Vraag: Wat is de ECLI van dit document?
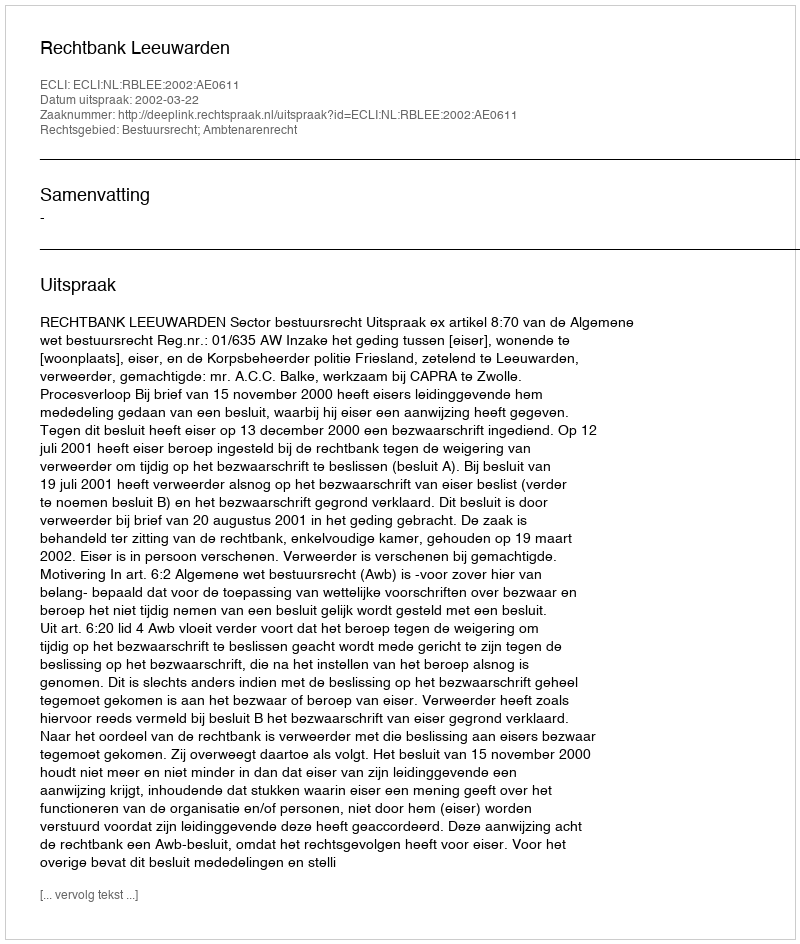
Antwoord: ECLI:NL:RBLEE:2002:AE0611